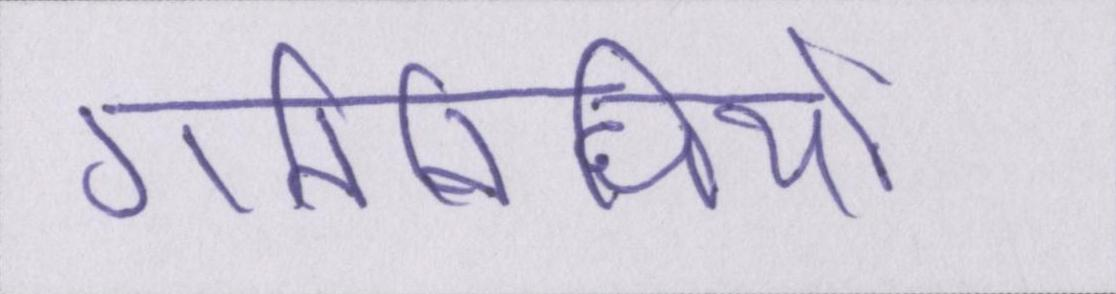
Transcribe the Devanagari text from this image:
गतिविधियों